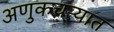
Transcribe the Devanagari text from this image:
अणुकचऱ्यात